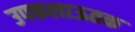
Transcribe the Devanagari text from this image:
उपकलाऊतक